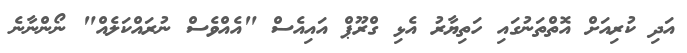
އަދި ކުރިއަށް އޮތްތަނުގައި ހަތިޔާރު އެޅި ގްރޫޕް އައިއެސް "އެއްވެސް ނުރައްކަލެއް" ނޯންނާނެ